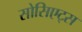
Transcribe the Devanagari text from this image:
सोसिएट्स